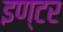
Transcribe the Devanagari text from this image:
इण्‍टर